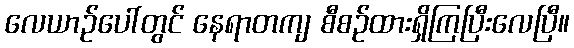
လေယာဉ်ပေါ်တွင် နေရာတကျ စီစဉ်ထားရှိကြပြီးလေပြီ။